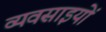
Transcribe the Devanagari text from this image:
व्यवसाइयों